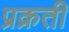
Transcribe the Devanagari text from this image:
प्रक्रती